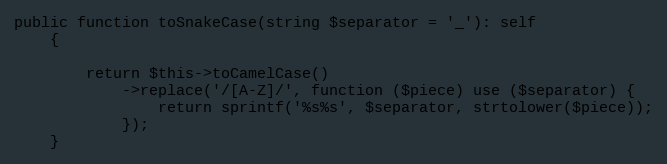
Language: PHP
public function toSnakeCase(string $separator = '_'): self
    {

        return $this->toCamelCase()
            ->replace('/[A-Z]/', function ($piece) use ($separator) {
                return sprintf('%s%s', $separator, strtolower($piece));
            });
    }